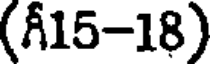
(గీ15-18)